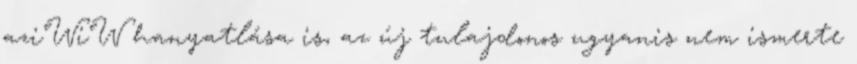
aziWiW hanyatlása is, az új tulajdonos ugyanis nem ismerte